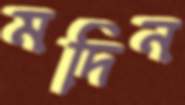
মদিন